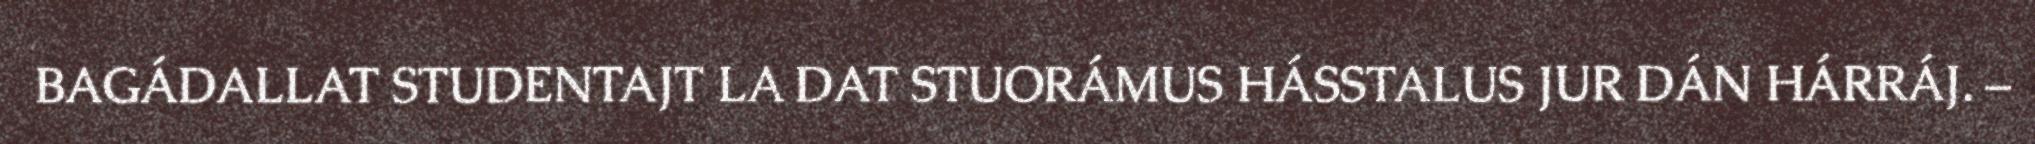
BAGÁDALLAT STUDENTAJT LA DAT STUORÁMUS HÁSSTALUS JUR DÁN HÁRRÁJ. –